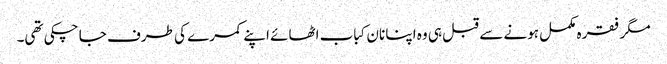
مگر فقرہ مکمل ہونے سے قبل ہی وہ اپنا نان کباب اٹھائے اپنے کمرے کی طرف جا چکی تھی۔